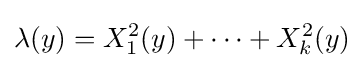
\lambda (y)=X_{1}^{2}(y)+\cdots +X_{k}^{2}(y)